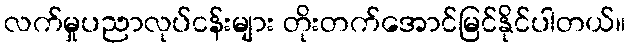
လက်မှုပညာလုပ်ငန်းများ တိုးတက်အောင်မြင်နိုင်ပါတယ်။